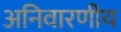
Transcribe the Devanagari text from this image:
अनिवारणीय